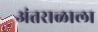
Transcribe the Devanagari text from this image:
अंतराळाला